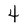
Character: 4